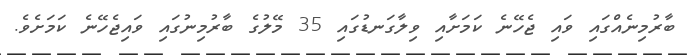
ބާރުމިނެއްގައި ވައި ޖެހޭނެ ކަމަށާއި ވިލާގަނޑުގައި 35 މޭލުގެ ބާރުމިނުގައި ވައިޖެހޭނެ ކަމަށެވެ.